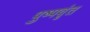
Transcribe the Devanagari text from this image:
पुष्पवृंत